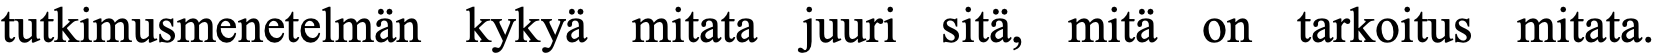
tutkimusmenetelmän kykyä mitata juuri sitä, mitä on tarkoitus mitata.